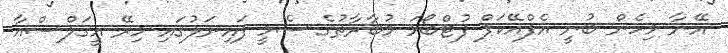
އޭނާ މިހެން ބުނީ އެފްއޭކަޕް ފުޓްބޯޅަ މުބާރާތުގެ ސެމީ ފައިނަލުގައި މިރޭ އީގަލްސްއާ